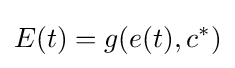
E(t)=g(e(t),c^{*})